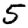
Digit: 5